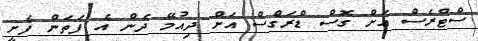
ސްޓްރެސް އަށް ގޮސް ޑްރަގްސް އަށް ދިއުމޭ ދެން އެ ފަތަން ފެށީ